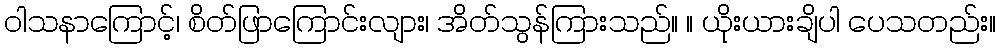
ဝါသနာကြောင့်၊ စိတ်ဖြာကြောင်းလျား၊ အိတ်သွန်ကြားသည်။ ။ ယိုးယားချိပါ ပေသတည်း။